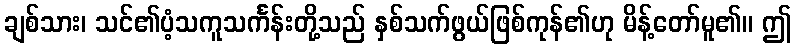
ချစ်သား၊ သင်၏ပံ့သကူသင်္ကန်းတို့သည် နှစ်သက်ဖွယ်ဖြစ်ကုန်၏ဟု မိန့်တော်မူ၏။ ဤ